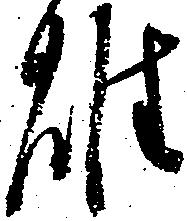
雄